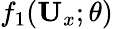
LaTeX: f_{1}(\textbf{U}_{x};\theta)